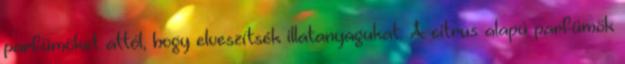
parfümöket attól, hogy elveszítsék illatanyagukat. A citrus alapú parfümök